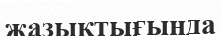
жазықтығыңда